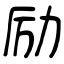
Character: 励